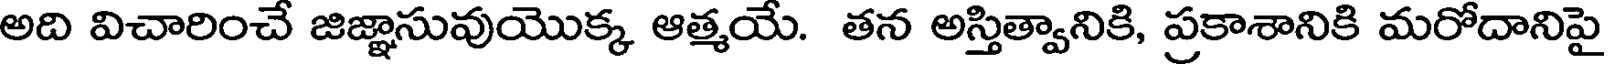
అది విచారించే జిజ్ఞాసువుయొక్క ఆత్మయే. తన అస్తిత్వానికి, ప్రకాశానికి మరోదానిపై